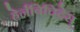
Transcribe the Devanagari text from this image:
हेर्नबिचिदेस्